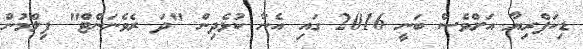
ޑިކަޕްރިޔާ އަށްވެސް ބަނީ 2016 ގައި އެނާ ކުޅެދިން "ދަ ރެވެނަންޓް" ފިލްމުން